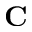
\mathbf { C }